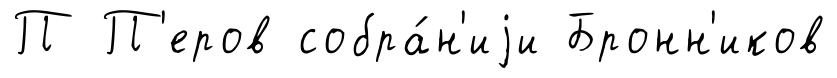
П П'еров собра́н'иjи Бронн'иков